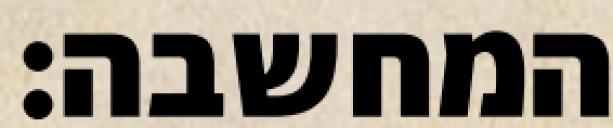
המחשבה: